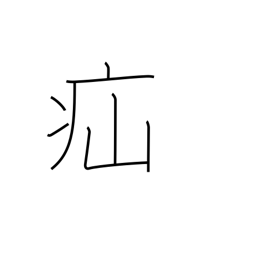
Meaning: colic